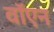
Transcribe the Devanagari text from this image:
वॉएन